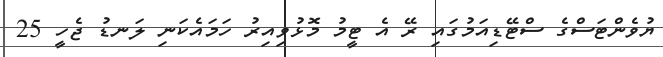
ޔުވެންޓަަސްގެ ސްޓޭޑިއަމުގައި ރޭ އެ ޓީމު މޮޅުވިއިރު ހަމައެކަނި ލަނޑު ޖެހީ 25